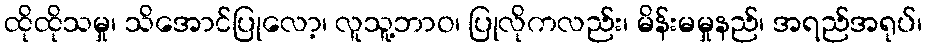
ထိုထိုသမှု၊ သိအောင်ပြုလော့၊ လူသူ့ဘာဝ၊ ပြုလိုကလည်း၊ မိန်းမမှုနည်၊ အရည်အရုပ်၊